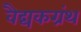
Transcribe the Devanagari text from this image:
वैद्यकग्रंथ